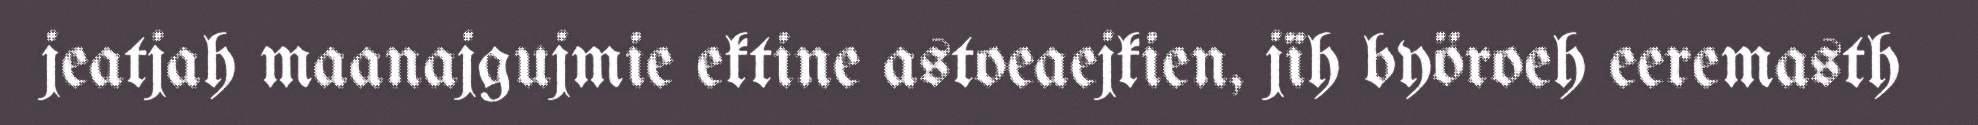
jeatjah maanajgujmie ektine astoeaejkien, jïh byöroeh eeremasth